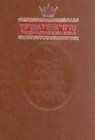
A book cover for The Complete Artscroll Siddur Sefard Pocket Paperback(Artscroll Mesorah Series); Nosson Scherman; Religion & Spirituality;